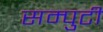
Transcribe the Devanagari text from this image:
सम्पुटी